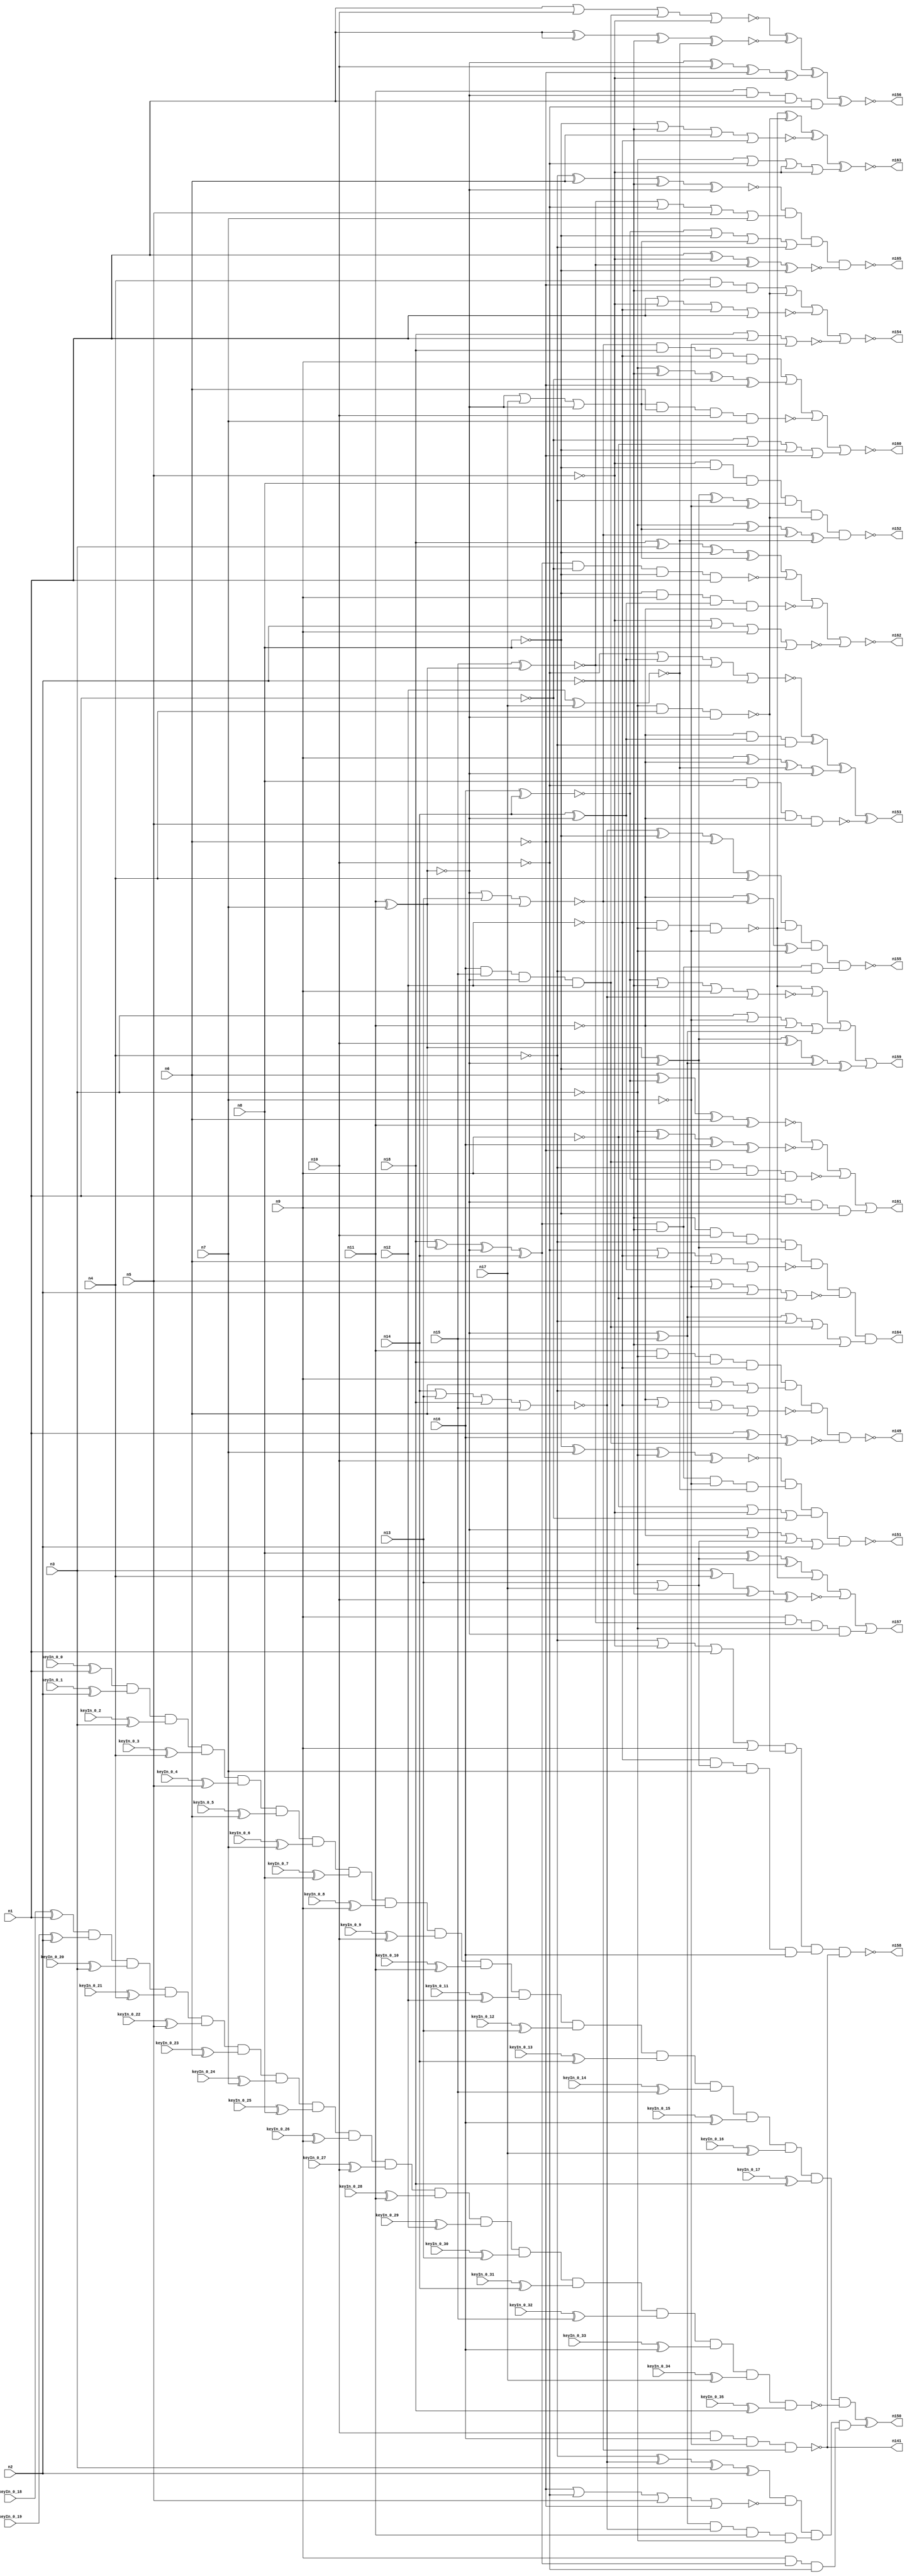


module Stat_147_624
(
  n1,
  n2,
  n3,
  n4,
  n5,
  n6,
  n7,
  n8,
  n9,
  n10,
  n11,
  n12,
  n13,
  n14,
  n15,
  n16,
  n17,
  n18,
  n141,
  n149,
  n157,
  n162,
  n160,
  n165,
  n154,
  n151,
  n163,
  n158,
  n164,
  n150,
  n156,
  n161,
  n152,
  n153,
  n159,
  n155,
  keyIn_0_0,
  keyIn_0_1,
  keyIn_0_2,
  keyIn_0_3,
  keyIn_0_4,
  keyIn_0_5,
  keyIn_0_6,
  keyIn_0_7,
  keyIn_0_8,
  keyIn_0_9,
  keyIn_0_10,
  keyIn_0_11,
  keyIn_0_12,
  keyIn_0_13,
  keyIn_0_14,
  keyIn_0_15,
  keyIn_0_16,
  keyIn_0_17,
  keyIn_0_18,
  keyIn_0_19,
  keyIn_0_20,
  keyIn_0_21,
  keyIn_0_22,
  keyIn_0_23,
  keyIn_0_24,
  keyIn_0_25,
  keyIn_0_26,
  keyIn_0_27,
  keyIn_0_28,
  keyIn_0_29,
  keyIn_0_30,
  keyIn_0_31,
  keyIn_0_32,
  keyIn_0_33,
  keyIn_0_34,
  keyIn_0_35
);

  input n1;input n2;input n3;input n4;input n5;input n6;input n7;input n8;input n9;input n10;input n11;input n12;input n13;input n14;input n15;input n16;input n17;input n18;input keyIn_0_0;input keyIn_0_1;input keyIn_0_2;input keyIn_0_3;input keyIn_0_4;input keyIn_0_5;input keyIn_0_6;input keyIn_0_7;input keyIn_0_8;input keyIn_0_9;input keyIn_0_10;input keyIn_0_11;input keyIn_0_12;input keyIn_0_13;input keyIn_0_14;input keyIn_0_15;input keyIn_0_16;input keyIn_0_17;input keyIn_0_18;input keyIn_0_19;input keyIn_0_20;input keyIn_0_21;input keyIn_0_22;input keyIn_0_23;input keyIn_0_24;input keyIn_0_25;input keyIn_0_26;input keyIn_0_27;input keyIn_0_28;input keyIn_0_29;input keyIn_0_30;input keyIn_0_31;input keyIn_0_32;input keyIn_0_33;input keyIn_0_34;input keyIn_0_35;
  output n141;output n149;output n157;output n162;output n160;output n165;output n154;output n151;output n163;output n158;output n164;output n150;output n156;output n161;output n152;output n153;output n159;output n155;
  wire n19;wire n20;wire n21;wire n22;wire n23;wire n24;wire n25;wire n26;wire n27;wire n28;wire n29;wire n30;wire n31;wire n32;wire n33;wire n34;wire n35;wire n36;wire n37;wire n38;wire n39;wire n40;wire n41;wire n42;wire n43;wire n44;wire n45;wire n46;wire n47;wire n48;wire n49;wire n50;wire n51;wire n52;wire n53;wire n54;wire n55;wire n56;wire n57;wire n58;wire n59;wire n60;wire n61;wire n62;wire n63;wire n64;wire n65;wire n66;wire n67;wire n68;wire n69;wire n70;wire n71;wire n72;wire n73;wire n74;wire n75;wire n76;wire n77;wire n78;wire n79;wire n80;wire n81;wire n82;wire n83;wire n84;wire n85;wire n86;wire n87;wire n88;wire n89;wire n90;wire n91;wire n92;wire n93;wire n94;wire n95;wire n96;wire n97;wire n98;wire n99;wire n100;wire n101;wire n102;wire n103;wire n104;wire n105;wire n106;wire n107;wire n108;wire n109;wire n110;wire n111;wire n112;wire n113;wire n114;wire n115;wire n116;wire n117;wire n118;wire n119;wire n120;wire n121;wire n122;wire n123;wire n124;wire n125;wire n126;wire n127;wire n128;wire n129;wire n130;wire n131;wire n132;wire n133;wire n134;wire n135;wire n136;wire n137;wire n138;wire n139;wire n140;wire n142;wire n143;wire n144;wire n145;wire n146;wire n147;wire n148;wire g_input_0_0;wire gbar_input_0_0;wire g_input_0_1;wire gbar_input_0_1;wire g_input_0_2;wire gbar_input_0_2;wire g_input_0_3;wire gbar_input_0_3;wire g_input_0_4;wire gbar_input_0_4;wire g_input_0_5;wire gbar_input_0_5;wire g_input_0_6;wire gbar_input_0_6;wire g_input_0_7;wire gbar_input_0_7;wire g_input_0_8;wire gbar_input_0_8;wire g_input_0_9;wire gbar_input_0_9;wire g_input_0_10;wire gbar_input_0_10;wire g_input_0_11;wire gbar_input_0_11;wire g_input_0_12;wire gbar_input_0_12;wire g_input_0_13;wire gbar_input_0_13;wire g_input_0_14;wire gbar_input_0_14;wire g_input_0_15;wire gbar_input_0_15;wire g_input_0_16;wire gbar_input_0_16;wire g_input_0_17;wire gbar_input_0_17;wire f_g_wire;wire f_gbar_wire;wire AntiSAT_output;

  not
  g0
  (
    n51,
    n2
  );


  buf
  g1
  (
    n44,
    n6
  );


  not
  g2
  (
    n59,
    n10
  );


  not
  g3
  (
    n46,
    n12
  );


  buf
  g4
  (
    n38,
    n1
  );


  not
  g5
  (
    n39,
    n9
  );


  buf
  g6
  (
    n32,
    n10
  );


  buf
  g7
  (
    n58,
    n9
  );


  not
  g8
  (
    n55,
    n7
  );


  not
  g9
  (
    n31,
    n5
  );


  not
  g10
  (
    n35,
    n8
  );


  buf
  g11
  (
    n63,
    n8
  );


  buf
  g12
  (
    n20,
    n11
  );


  buf
  g13
  (
    n52,
    n6
  );


  not
  g14
  (
    n56,
    n11
  );


  not
  g15
  (
    n24,
    n7
  );


  not
  g16
  (
    n50,
    n2
  );


  not
  g17
  (
    n21,
    n12
  );


  buf
  g18
  (
    n53,
    n3
  );


  not
  g19
  (
    n49,
    n4
  );


  not
  g20
  (
    n26,
    n5
  );


  buf
  g21
  (
    n47,
    n5
  );


  not
  g22
  (
    n28,
    n3
  );


  buf
  g23
  (
    n43,
    n10
  );


  buf
  g24
  (
    n64,
    n2
  );


  buf
  g25
  (
    n19,
    n7
  );


  buf
  g26
  (
    n34,
    n1
  );


  not
  g27
  (
    n57,
    n5
  );


  not
  g28
  (
    n62,
    n3
  );


  buf
  g29
  (
    n29,
    n1
  );


  not
  g30
  (
    n30,
    n2
  );


  not
  g31
  (
    n33,
    n10
  );


  buf
  g32
  (
    n22,
    n4
  );


  not
  g33
  (
    n23,
    n8
  );


  not
  g34
  (
    n40,
    n4
  );


  not
  g35
  (
    n37,
    n6
  );


  buf
  g36
  (
    n25,
    n9
  );


  buf
  g37
  (
    n60,
    n9
  );


  not
  g38
  (
    n45,
    n6
  );


  not
  g39
  (
    n27,
    n3
  );


  buf
  g40
  (
    n54,
    n11
  );


  not
  g41
  (
    n48,
    n1
  );


  not
  g42
  (
    n41,
    n8
  );


  not
  g43
  (
    n42,
    n11
  );


  not
  g44
  (
    n36,
    n4
  );


  buf
  g45
  (
    n61,
    n7
  );


  xor
  g46
  (
    n65,
    n19,
    n20
  );


  xnor
  g47
  (
    n66,
    n20,
    n19
  );


  buf
  g48
  (
    n68,
    n66
  );


  buf
  g49
  (
    n69,
    n66
  );


  not
  g50
  (
    n67,
    n66
  );


  not
  g51
  (
    n70,
    n66
  );


  or
  g52
  (
    n83,
    n13,
    n17
  );


  xnor
  g53
  (
    n77,
    n15,
    n67
  );


  xor
  g54
  (
    n84,
    n69,
    n15
  );


  xor
  g55
  (
    n78,
    n70,
    n68
  );


  nand
  g56
  (
    n82,
    n70,
    n67
  );


  xnor
  g57
  (
    n71,
    n12,
    n17
  );


  buf
  g58
  (
    n73,
    n18
  );


  not
  g59
  (
    n85,
    n70
  );


  xor
  g60
  (
    n74,
    n14,
    n69
  );


  xnor
  g61
  (
    n81,
    n16,
    n14
  );


  buf
  g62
  (
    n76,
    n16
  );


  nor
  g63
  (
    n72,
    n68,
    n13,
    n67
  );


  and
  g64
  (
    n75,
    n16,
    n15,
    n69,
    n12
  );


  or
  g65
  (
    n80,
    n68,
    n17,
    n69
  );


  xor
  g66
  (
    n86,
    n18,
    n67,
    n68,
    n14
  );


  nor
  g67
  (
    n79,
    n14,
    n13,
    n18,
    n15
  );


  nand
  g68
  (
    n147,
    n62,
    n22,
    n82
  );


  xnor
  g69
  (
    n109,
    n29,
    n76,
    n75
  );


  nand
  g70
  (
    n148,
    n21,
    n28,
    n55
  );


  and
  g71
  (
    n125,
    n86,
    n30,
    n36
  );


  xor
  g72
  (
    n126,
    n42,
    n72,
    n27
  );


  and
  g73
  (
    n138,
    n42,
    n74,
    n40
  );


  and
  g74
  (
    n95,
    n58,
    n86,
    n33
  );


  and
  g75
  (
    n117,
    n22,
    n45,
    n30
  );


  nand
  g76
  (
    n141,
    n43,
    n76,
    n55,
    n72
  );


  and
  g77
  (
    n142,
    n60,
    n77,
    n27,
    n85
  );


  and
  g78
  (
    n100,
    n51,
    n86,
    n24,
    n71
  );


  xor
  g79
  (
    n89,
    n82,
    n32,
    n37,
    n57
  );


  and
  g80
  (
    n130,
    n51,
    n43,
    n40,
    n78
  );


  nor
  g81
  (
    n110,
    n42,
    n46,
    n78,
    n44
  );


  xor
  g82
  (
    n116,
    n40,
    n79,
    n53,
    n64
  );


  or
  g83
  (
    n122,
    n82,
    n42,
    n83,
    n64
  );


  xnor
  g84
  (
    n129,
    n27,
    n39,
    n76,
    n37
  );


  xnor
  g85
  (
    n137,
    n35,
    n61,
    n62,
    n32
  );


  and
  g86
  (
    n96,
    n34,
    n82,
    n25,
    n23
  );


  and
  g87
  (
    n90,
    n72,
    n73,
    n21,
    n58
  );


  nor
  g88
  (
    n91,
    n59,
    n21,
    n52,
    n74
  );


  nand
  g89
  (
    n88,
    n23,
    n60,
    n74,
    n56
  );


  or
  g90
  (
    n120,
    n77,
    n33,
    n47,
    n61
  );


  xor
  g91
  (
    n102,
    n79,
    n35,
    n45,
    n22
  );


  xor
  g92
  (
    n139,
    n58,
    n56,
    n71,
    n85
  );


  nor
  g93
  (
    n121,
    n38,
    n43,
    n75,
    n31
  );


  or
  g94
  (
    n105,
    n60,
    n25,
    n52,
    n40
  );


  xnor
  g95
  (
    n104,
    n36,
    n44,
    n51,
    n85
  );


  nand
  g96
  (
    n144,
    n80,
    n52,
    n32,
    n61
  );


  and
  g97
  (
    n101,
    n46,
    n83,
    n61,
    n76
  );


  xor
  g98
  (
    n113,
    n28,
    n80,
    n72,
    n71
  );


  nor
  g99
  (
    n115,
    n33,
    n74,
    n77,
    n50
  );


  xor
  g100
  (
    n143,
    n63,
    n83,
    n28
  );


  or
  g101
  (
    n106,
    n84,
    n36,
    n75,
    n30
  );


  xor
  g102
  (
    n112,
    n73,
    n53,
    n41,
    n80
  );


  nor
  g103
  (
    n107,
    n37,
    n59,
    n47,
    n45
  );


  and
  g104
  (
    n99,
    n54,
    n85,
    n34,
    n59
  );


  or
  g105
  (
    n140,
    n62,
    n59,
    n26,
    n57
  );


  or
  g106
  (
    n93,
    n48,
    n39,
    n23,
    n45
  );


  nor
  g107
  (
    n123,
    n47,
    n24,
    n64,
    n39
  );


  nand
  g108
  (
    n134,
    n63,
    n33,
    n56,
    n47
  );


  xor
  g109
  (
    n128,
    n62,
    n30,
    n48,
    n37
  );


  or
  g110
  (
    n124,
    n39,
    n26,
    n48
  );


  xnor
  g111
  (
    n132,
    n29,
    n31,
    n77,
    n35
  );


  and
  g112
  (
    n111,
    n84,
    n79,
    n54,
    n28
  );


  nand
  g113
  (
    n87,
    n86,
    n48,
    n23,
    n29
  );


  xnor
  g114
  (
    n133,
    n53,
    n22,
    n51,
    n43
  );


  or
  g115
  (
    n103,
    n53,
    n55,
    n56,
    n84
  );


  nor
  g116
  (
    n94,
    n41,
    n50,
    n44,
    n46
  );


  nand
  g117
  (
    n127,
    n75,
    n49,
    n25,
    n81
  );


  nor
  g118
  (
    n92,
    n29,
    n57,
    n21,
    n38
  );


  or
  g119
  (
    n118,
    n81,
    n35,
    n80,
    n36
  );


  and
  g120
  (
    n136,
    n54,
    n27,
    n73,
    n46
  );


  nor
  g121
  (
    n145,
    n73,
    n38,
    n24
  );


  nor
  g122
  (
    n146,
    n81,
    n50,
    n60,
    n79
  );


  xnor
  g123
  (
    n114,
    n34,
    n34,
    n50,
    n71
  );


  or
  g124
  (
    n135,
    n49,
    n31,
    n38,
    n25
  );


  xor
  g125
  (
    n131,
    n78,
    n49,
    n55
  );


  xnor
  g126
  (
    n97,
    n52,
    n81,
    n44,
    n54
  );


  and
  g127
  (
    n98,
    n57,
    n31,
    n41,
    n63
  );


  xor
  g128
  (
    n119,
    n78,
    n32,
    n84,
    n41
  );


  nor
  g129
  (
    n108,
    n26,
    n64,
    n58,
    n63
  );


  nand
  g130
  (
    n152,
    n98,
    n131,
    n147,
    n113
  );


  nor
  g131
  (
    n160,
    n90,
    n128,
    n144,
    n93
  );


  xnor
  g132
  (
    n163,
    n148,
    n147,
    n94,
    n140
  );


  nand
  g133
  (
    n158,
    n135,
    n147,
    n101,
    n141
  );


  xnor
  g134
  (
    n156,
    n121,
    n114,
    n89,
    n99
  );


  nand
  g135
  (
    n149,
    n136,
    n105,
    n110,
    n109
  );


  nand
  g136
  (
    n165,
    n104,
    n120,
    n118,
    n132
  );


  nor
  g137
  (
    n162,
    n112,
    n87,
    n88,
    n108
  );


  or
  g138
  (
    n161,
    n97,
    n129,
    n127,
    n96
  );


  nand
  g139
  (
    n155,
    n102,
    n148,
    n126,
    n125
  );


  or
  g140
  (
    n159,
    n148,
    n146,
    n103,
    n119
  );


  and
  g141
  (
    n164,
    n130,
    n91,
    n123,
    n106
  );


  and
  g142
  (
    AntiSAT_key_wire,
    n116,
    n107,
    n111,
    n95
  );


  nand
  g143
  (
    n151,
    n137,
    n100,
    n124,
    n122
  );


  nor
  g144
  (
    n154,
    n117,
    n147,
    n92,
    n145
  );


  xor
  g145
  (
    n153,
    n115,
    n138,
    n139,
    n134
  );


  or
  g146
  (
    n157,
    n143,
    n148,
    n133,
    n142
  );


  xor
  KeyPIGate_0_0
  (
    g_input_0_0,
    keyIn_0_0,
    n1
  );


  xor
  KeyPIGate_0_18
  (
    gbar_input_0_0,
    keyIn_0_18,
    n1
  );


  xor
  KeyPIGate_0_1
  (
    g_input_0_1,
    keyIn_0_1,
    n2
  );


  xor
  KeyPIGate_0_19
  (
    gbar_input_0_1,
    keyIn_0_19,
    n2
  );


  xor
  KeyPIGate_0_2
  (
    g_input_0_2,
    keyIn_0_2,
    n3
  );


  xor
  KeyPIGate_0_20
  (
    gbar_input_0_2,
    keyIn_0_20,
    n3
  );


  xor
  KeyPIGate_0_3
  (
    g_input_0_3,
    keyIn_0_3,
    n4
  );


  xor
  KeyPIGate_0_21
  (
    gbar_input_0_3,
    keyIn_0_21,
    n4
  );


  xor
  KeyPIGate_0_4
  (
    g_input_0_4,
    keyIn_0_4,
    n5
  );


  xor
  KeyPIGate_0_22
  (
    gbar_input_0_4,
    keyIn_0_22,
    n5
  );


  xor
  KeyPIGate_0_5
  (
    g_input_0_5,
    keyIn_0_5,
    n6
  );


  xor
  KeyPIGate_0_23
  (
    gbar_input_0_5,
    keyIn_0_23,
    n6
  );


  xor
  KeyPIGate_0_6
  (
    g_input_0_6,
    keyIn_0_6,
    n7
  );


  xor
  KeyPIGate_0_24
  (
    gbar_input_0_6,
    keyIn_0_24,
    n7
  );


  xor
  KeyPIGate_0_7
  (
    g_input_0_7,
    keyIn_0_7,
    n8
  );


  xor
  KeyPIGate_0_25
  (
    gbar_input_0_7,
    keyIn_0_25,
    n8
  );


  xor
  KeyPIGate_0_8
  (
    g_input_0_8,
    keyIn_0_8,
    n9
  );


  xor
  KeyPIGate_0_26
  (
    gbar_input_0_8,
    keyIn_0_26,
    n9
  );


  xor
  KeyPIGate_0_9
  (
    g_input_0_9,
    keyIn_0_9,
    n10
  );


  xor
  KeyPIGate_0_27
  (
    gbar_input_0_9,
    keyIn_0_27,
    n10
  );


  xor
  KeyPIGate_0_10
  (
    g_input_0_10,
    keyIn_0_10,
    n11
  );


  xor
  KeyPIGate_0_28
  (
    gbar_input_0_10,
    keyIn_0_28,
    n11
  );


  xor
  KeyPIGate_0_11
  (
    g_input_0_11,
    keyIn_0_11,
    n12
  );


  xor
  KeyPIGate_0_29
  (
    gbar_input_0_11,
    keyIn_0_29,
    n12
  );


  xor
  KeyPIGate_0_12
  (
    g_input_0_12,
    keyIn_0_12,
    n13
  );


  xor
  KeyPIGate_0_30
  (
    gbar_input_0_12,
    keyIn_0_30,
    n13
  );


  xor
  KeyPIGate_0_13
  (
    g_input_0_13,
    keyIn_0_13,
    n14
  );


  xor
  KeyPIGate_0_31
  (
    gbar_input_0_13,
    keyIn_0_31,
    n14
  );


  xor
  KeyPIGate_0_14
  (
    g_input_0_14,
    keyIn_0_14,
    n15
  );


  xor
  KeyPIGate_0_32
  (
    gbar_input_0_14,
    keyIn_0_32,
    n15
  );


  xor
  KeyPIGate_0_15
  (
    g_input_0_15,
    keyIn_0_15,
    n16
  );


  xor
  KeyPIGate_0_33
  (
    gbar_input_0_15,
    keyIn_0_33,
    n16
  );


  xor
  KeyPIGate_0_16
  (
    g_input_0_16,
    keyIn_0_16,
    n17
  );


  xor
  KeyPIGate_0_34
  (
    gbar_input_0_16,
    keyIn_0_34,
    n17
  );


  xor
  KeyPIGate_0_17
  (
    g_input_0_17,
    keyIn_0_17,
    n18
  );


  xor
  KeyPIGate_0_35
  (
    gbar_input_0_17,
    keyIn_0_35,
    n18
  );


  and
  f_g
  (
    f_g_wire,
    g_input_0_0,
    g_input_0_1,
    g_input_0_2,
    g_input_0_3,
    g_input_0_4,
    g_input_0_5,
    g_input_0_6,
    g_input_0_7,
    g_input_0_8,
    g_input_0_9,
    g_input_0_10,
    g_input_0_11,
    g_input_0_12,
    g_input_0_13,
    g_input_0_14,
    g_input_0_15,
    g_input_0_16,
    g_input_0_17
  );


  nand
  f_gbar
  (
    f_gbar_wire,
    gbar_input_0_0,
    gbar_input_0_1,
    gbar_input_0_2,
    gbar_input_0_3,
    gbar_input_0_4,
    gbar_input_0_5,
    gbar_input_0_6,
    gbar_input_0_7,
    gbar_input_0_8,
    gbar_input_0_9,
    gbar_input_0_10,
    gbar_input_0_11,
    gbar_input_0_12,
    gbar_input_0_13,
    gbar_input_0_14,
    gbar_input_0_15,
    gbar_input_0_16,
    gbar_input_0_17
  );


  and
  G
  (
    AntiSAT_output,
    f_g_wire,
    f_gbar_wire
  );


  xor
  flip_it
  (
    n150,
    AntiSAT_output,
    AntiSAT_key_wire
  );


endmodule